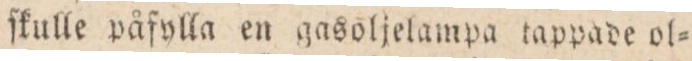
ſkulle påfylla en gasoljelampa tappade ol=